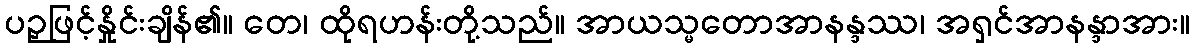
ပဉှဖြင့်နှိုင်းချိန်၏။ တေ၊ ထိုရဟန်းတို့သည်။ အာယသ္မတောအာနန္ဒဿ၊ အရှင်အာနန္ဒာအား။